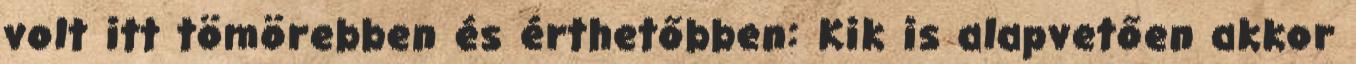
volt itt tömörebben és érthetőbben: Kik is alapvetően akkor